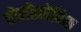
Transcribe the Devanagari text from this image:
होमोफ़ोबिक